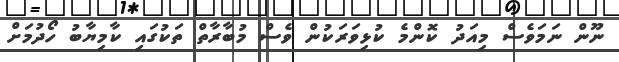
ނޫން ނަމަވެސް މިއަދު ކޮންމެ ކުޅިވަރަކުން ވެސް މުބާރާތް ތަކުގައި ކާމިޔާބު ހޯދުމަށް